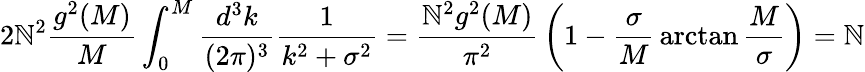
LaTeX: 2\mathbb{N}^{2}{\frac{{g^{2}(M)}}{{M}}}\int_{0}^{M}{\frac{{d^{3}k}}{{(2\pi)^{3}}}}{\frac{{1}}{{k^{2}+\sigma^{2}}}}={\frac{{\mathbb{N}^{2}g^{2}(M)}}{{\pi^{2}}}}\left(1-{\frac{{\sigma}}{{M}}}\arctan{\frac{{M}}{{\sigma}}}\right)=\mathbb{N}